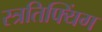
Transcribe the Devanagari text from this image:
स्त्रतिफ्यिंग